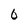
Character: 0